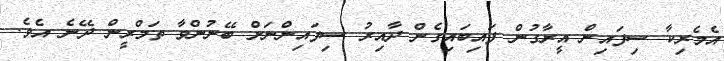
އެމެރިކާ ސިފައިން އީރާގުން ފައިބައިގެން ދާއިރު ސިފައިންނަށް ބޭނުންވާ ތަމްރީން ދޭނެ އެވެ.